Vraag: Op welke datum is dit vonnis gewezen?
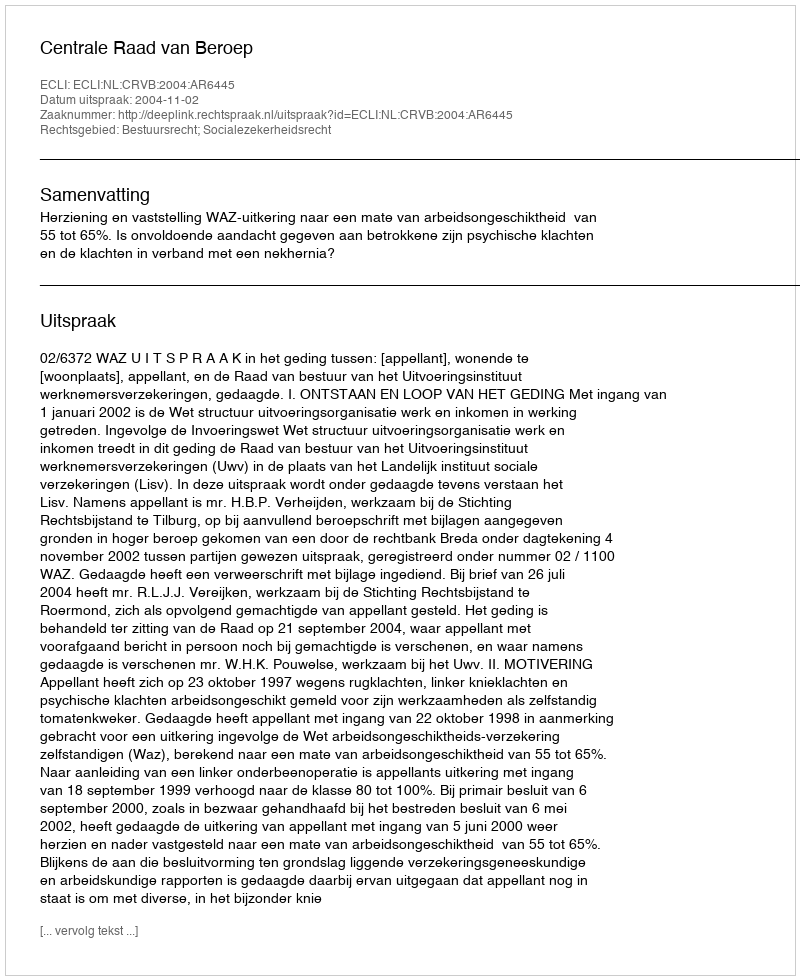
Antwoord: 2004-11-02